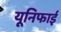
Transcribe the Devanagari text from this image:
यूनिफाई